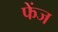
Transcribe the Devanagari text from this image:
फेंज